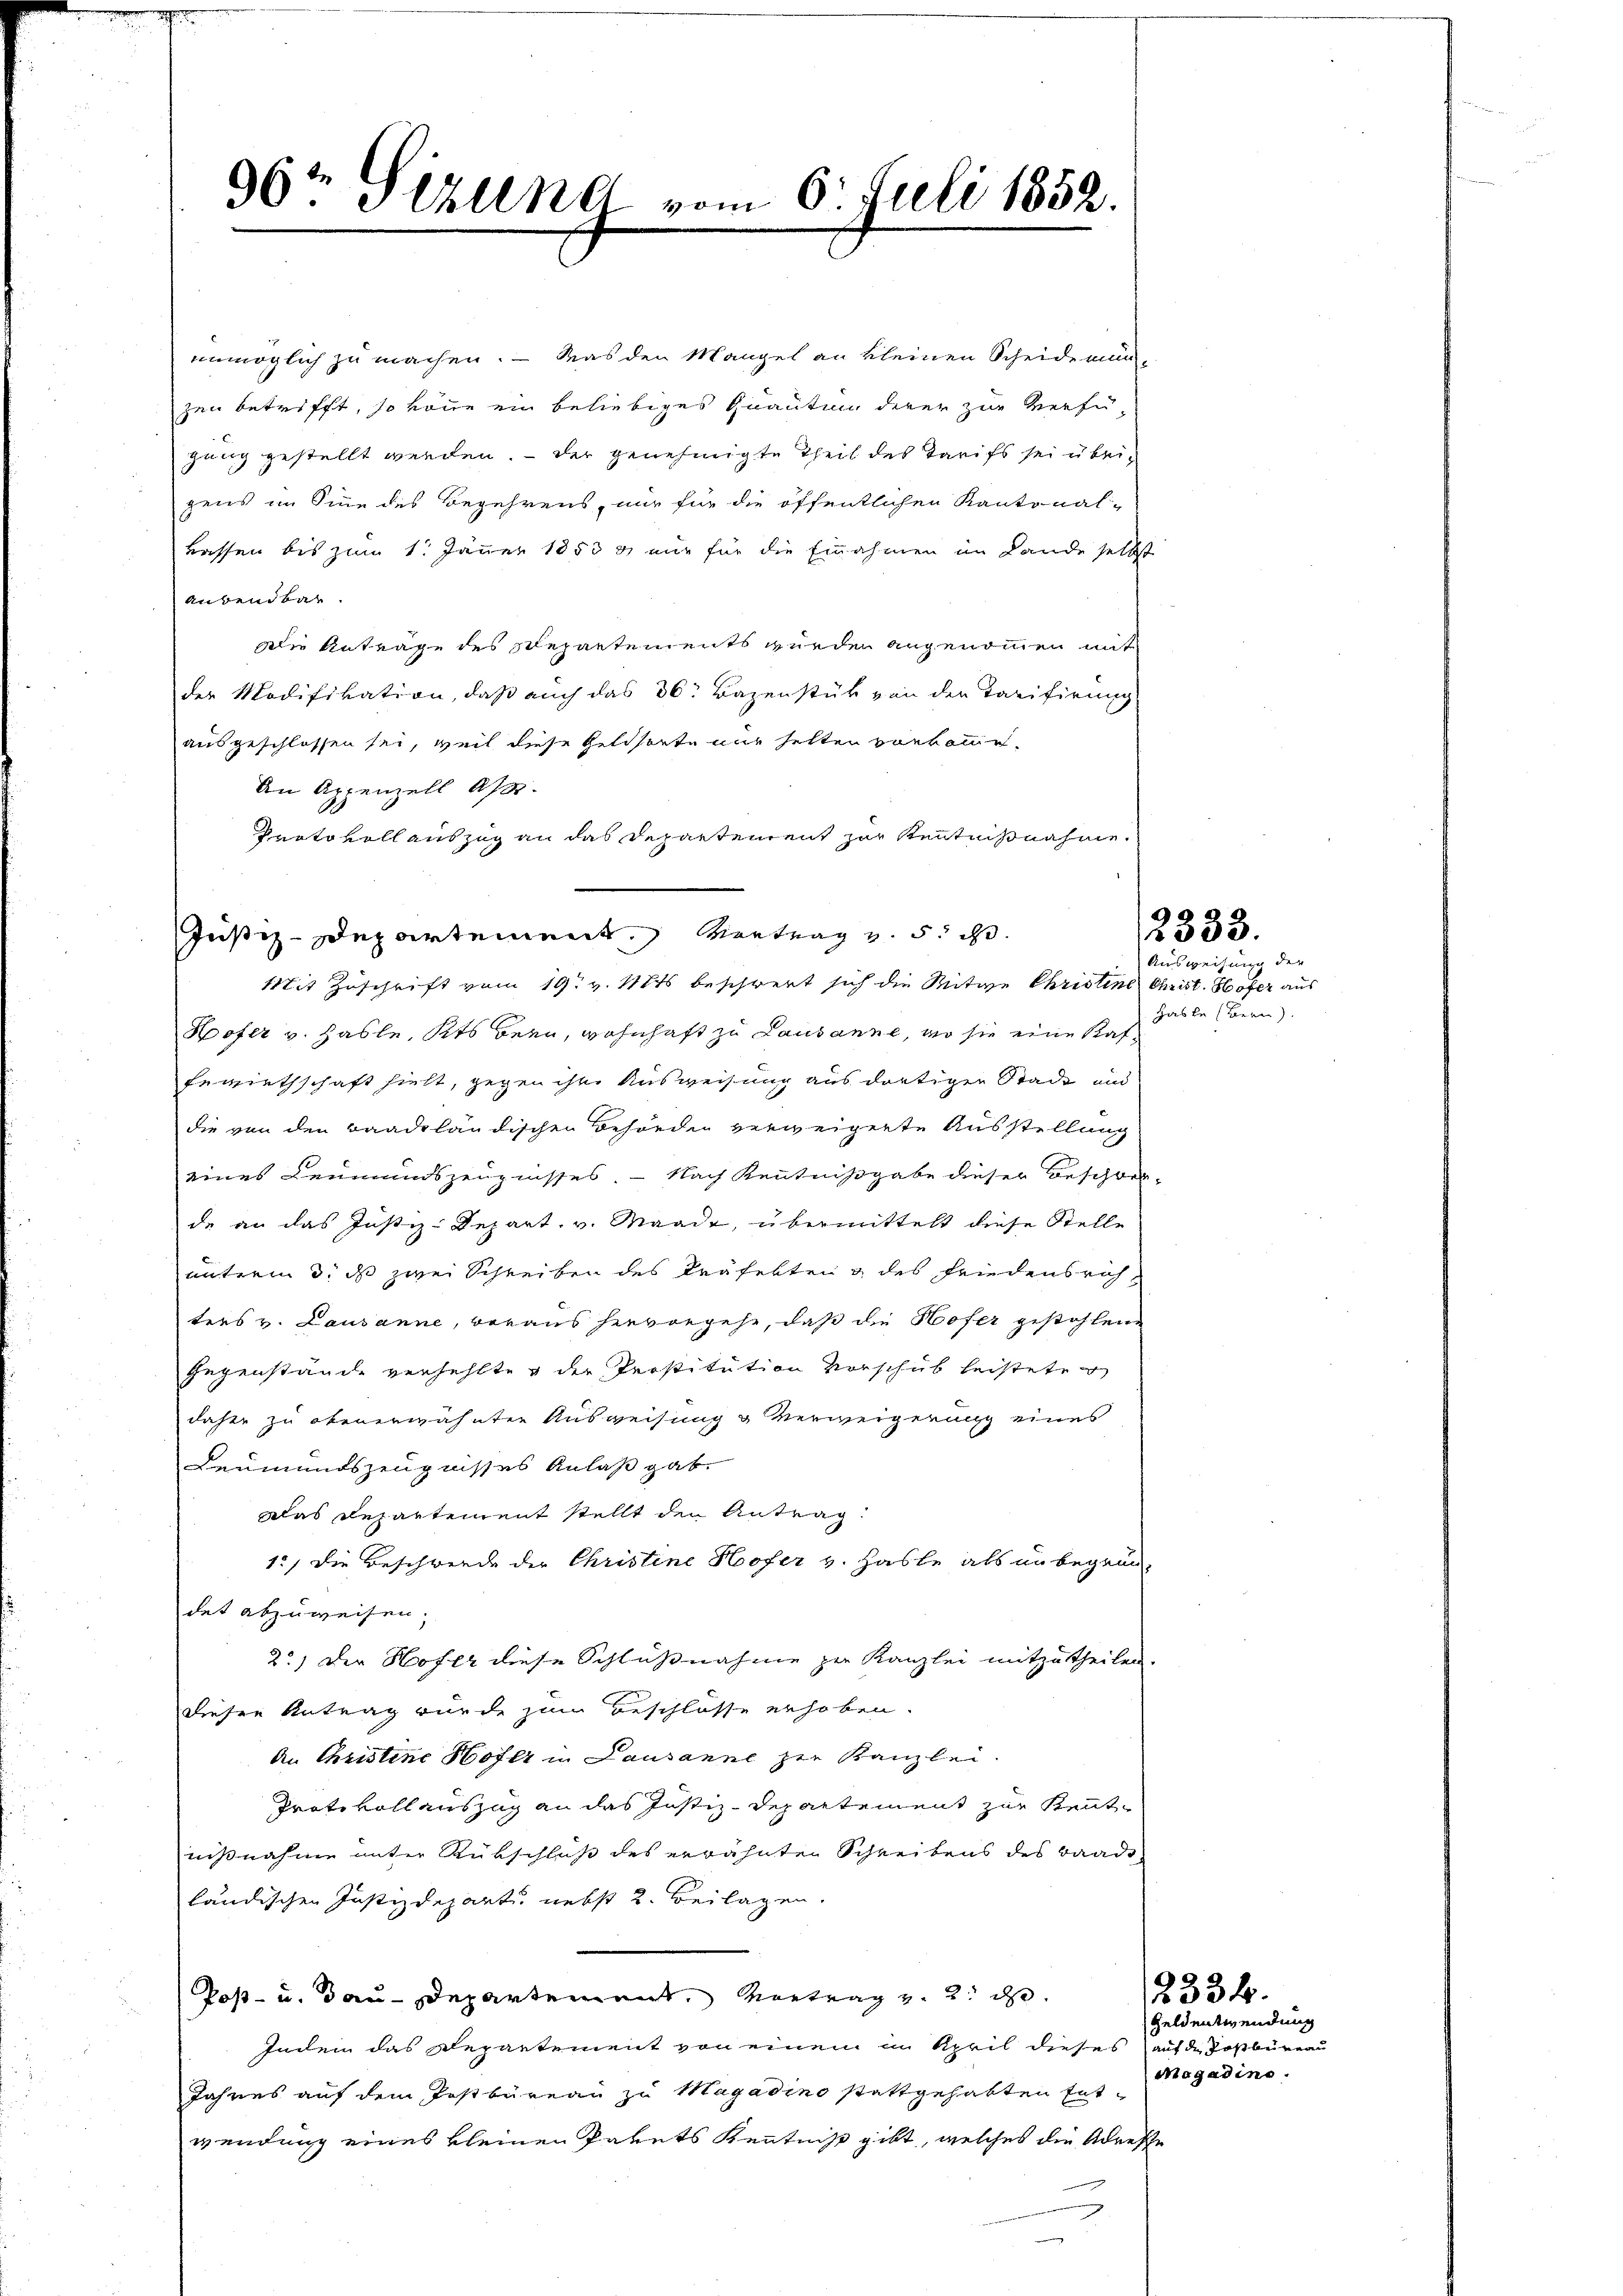
36t Serung vom 6. Juli 1852.

unmöglich zu machen. — Was den Mangel an kleinen Scheidemün-
zen betrifft, so könne ein beliebiges Quautung derer zur Verfü-
gang gestellt werden. — Der genehmigte Theil des Tarifs sei überzens im Sine des Begehrens, nur für die öffentlichen Kantonal-
rassen bis zum 1. Jänner 1853 & nur für die Einnahmen im Lande selbst
aubendbar
dlie Antrage des Repartements wurden angenommen mit
der Modifikation, daß auch das 36: Bazenstük von der Tarifirung
ausgeschlossen sei, weil diese Geldsorte nur selten vorkomme.
An Appenzell A.
Protokoll auszug an das Departement zur Kenntnißnahme.
Justiz-Departement Vertrag v. 5. ist
Mit Zuschrift vom 19. v. Mts. beschwert sich die Mitwe Christine Christ. Höfer aus
Hofer v. Hasle, Kts bern, wohnhaft zu Lausanne, wo sie eine Kaf¬
Feriethschaft hielt, gegen ihne Ausweisung aus dortigen Stade und
die von den Baadtländischen Behörde verweigerte Ausstellung
eines Leumundszeugnisses. - Nach Kenntnißgabe dieser Beschrän-
de an das Justiz-Depart, v. Waadt, übermittelt diese Stelle
unterm 3. ds zwei Schreiben des Präfekten & des Friedensrichters v. Lausanne, voraus hervorgehe, daß die Hofer gestohlene
Gegenstände verhehlte der Perstitution vorschub leistete
daher zu obenerwähnten Ausweisung & Verweigerung eines
Leumundszeugnisses Anlaß gab.
das Departement stellt den Antrag
1.) Die Beschwerde der Christine Hofer v. Hasle als unbegrün-
det abzuweisen.
2.) Der Hofer diese Schlußnahme zur Kanzlei mitzutheilen.
dieser Antrag wurde zum Beschlosse erhoben.
An Christine Hofer in Lausanne zur Kanzlei.
Protokollauszug an das Justiz-Departement zur Kenntnißnahme unter Rükschluß des erwähnten Schreibens des Baade
ländischen Justizdepart nebst 2. Beilagen.
Post- u. Bau-Departement. Vortrag v. 2. d
Indem das Departement von einem im April dieses auf der Postbüreau
Jahres auf dem Postbüreau zu Magadino stattgehabten Ent-
wendung eines kleinen Pakets Kenntniß gibt, welches die Adresse

2333.

Ausweisung der
Hasle (Bern).

Geldentwendung
diegadine.

2334.